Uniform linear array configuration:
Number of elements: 16
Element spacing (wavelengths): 0.25
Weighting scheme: kaiser
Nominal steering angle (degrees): -30
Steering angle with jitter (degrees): -31.457
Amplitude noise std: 0.05
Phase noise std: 0.05

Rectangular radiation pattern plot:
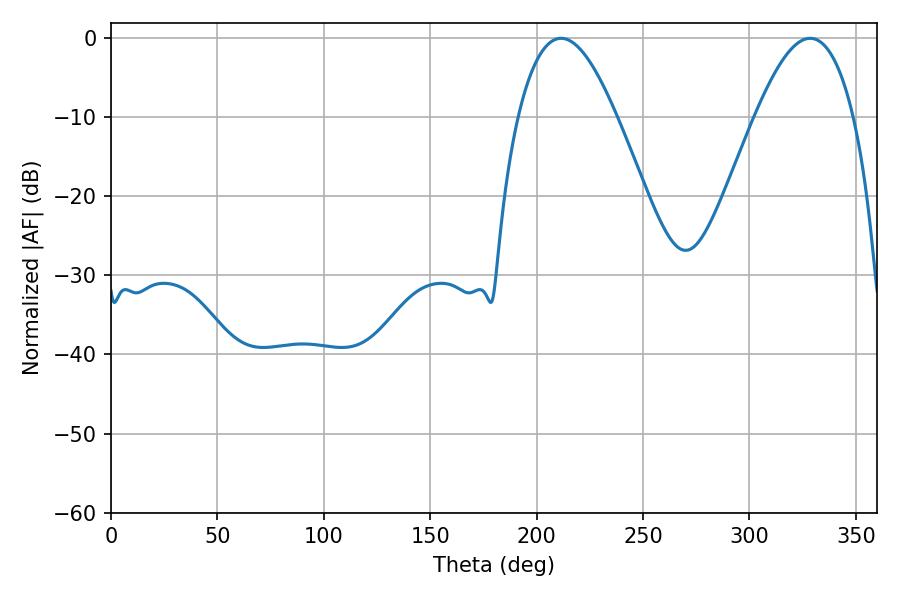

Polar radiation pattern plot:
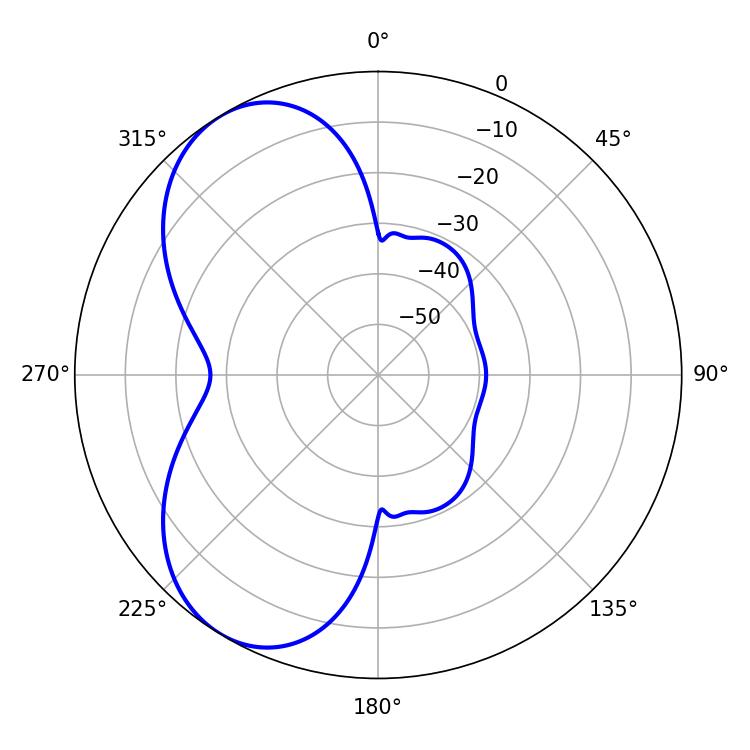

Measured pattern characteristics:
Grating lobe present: FALSE
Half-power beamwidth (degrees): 25.2
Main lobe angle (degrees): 211.5